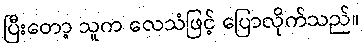
ပြီးတော့ သူက လေသံဖြင့် ပြောလိုက်သည်။